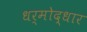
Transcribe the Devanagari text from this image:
धर्मोद्धार